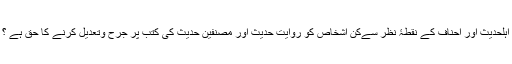
اہلحدیث اور احناف کے نقطۂ نظر سےکن اشخاص کو روایتِ حدیث اور مصنفینِ حدیث کی کتب پر جرح وتعدیل کرنے کا حق ہے ؟